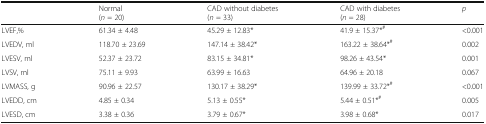
<table><thead><tr><td></td><td><b>Normal(<i>n</i> = 20)</b></td><td><b>CAD without diabetes(<i>n</i> = 33)</b></td><td><b>CAD with diabetes(<i>n</i> = 28)</b></td><td><b><i>p</i></b></td></tr></thead><tbody><tr><td>LVEF,%</td><td>61.34 ± 4.48</td><td>45.29 ± 12.83*</td><td>41.9 ± 15.37*<sup>#</sup></td><td>&lt;0.001</td></tr><tr><td>LVEDV, ml</td><td>118.70 ± 23.69</td><td>147.14 ± 38.42*</td><td>163.22 ± 38.64*<sup>#</sup></td><td>0.002</td></tr><tr><td>LVESV, ml</td><td>52.37 ± 23.72</td><td>83.15 ± 34.81*</td><td>98.26 ± 43.54*</td><td>0.001</td></tr><tr><td>LVSV, ml</td><td>75.11 ± 9.93</td><td>63.99 ± 16.63</td><td>64.96 ± 20.18</td><td>0.067</td></tr><tr><td>LVMASS, g</td><td>90.96 ± 22.57</td><td>130.17 ± 38.29*</td><td>139.99 ± 33.72*<sup>#</sup></td><td>&lt;0.001</td></tr><tr><td>LVEDD, cm</td><td>4.85 ± 0.34</td><td>5.13 ± 0.55*</td><td>5.44 ± 0.51*<sup>#</sup></td><td>0.005</td></tr><tr><td>LVESD, cm</td><td>3.38 ± 0.36</td><td>3.79 ± 0.67*</td><td>3.98 ± 0.68*</td><td>0.017</td></tr></tbody></table>